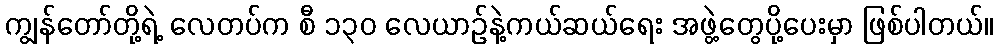
ကျွန်တော်တို့ရဲ့ လေတပ်က စီ ၁၃၀ လေယာဉ်နဲ့ကယ်ဆယ်ရေး အဖွဲ့တွေပို့ပေးမှာ ဖြစ်ပါတယ်။